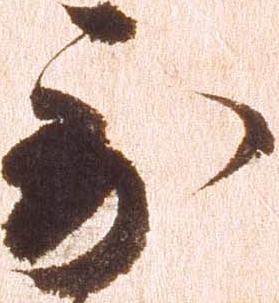
到